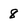
Character: 8